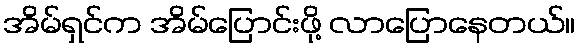
အိမ်ရှင်က အိမ်ပြောင်းဖို့ လာပြောနေတယ်။